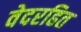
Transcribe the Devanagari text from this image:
वेदरहित